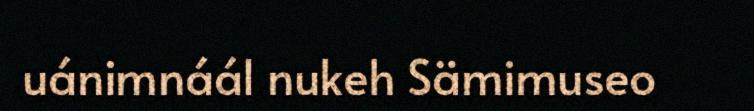
uánimnáál nukeh Sämimuseo